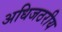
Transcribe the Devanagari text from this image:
अधिजठरीय